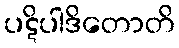
ပဋိပါဒိတောတိ